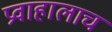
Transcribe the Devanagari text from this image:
प्रवाहालाच